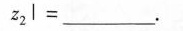
z _ { 2 } l =___$$.